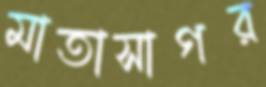
মাতাসাগর